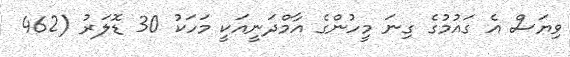
ވިޔަސް އެ ގައުމުގެ ގިނަ މީހުންގެ އާމްދަނީއަކީ މަހަކު 30 ޑޮލަރު (462